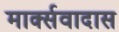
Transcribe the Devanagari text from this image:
मार्क्सवादास